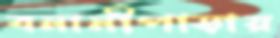
বনানীপাড়ায়